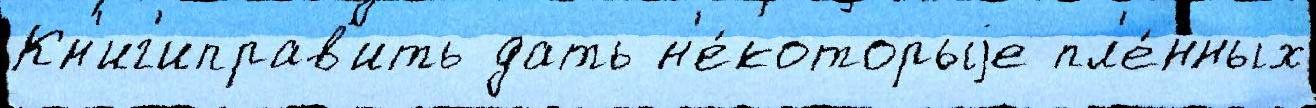
Кн'иг'иправ'ить дать н'е́которыjе пл'е́нных